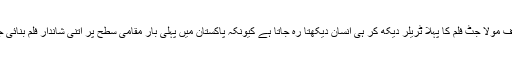
دی لیجنڈ آف مولا جٹ فلم کا پہلا ٹریلر دیکھ کر ہی انسان دیکھتا رہ جاتا ہے کیونکہ پاکستان میں پہلی بار مقامی سطح پر اتنی شاندار فلم بنائی جارہی ہے۔